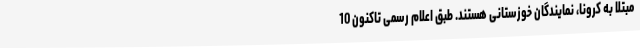
مبتلا به کرونا، نمایندگان خوزستانی هستند. طبق اعلام رسمی تاکنون 10